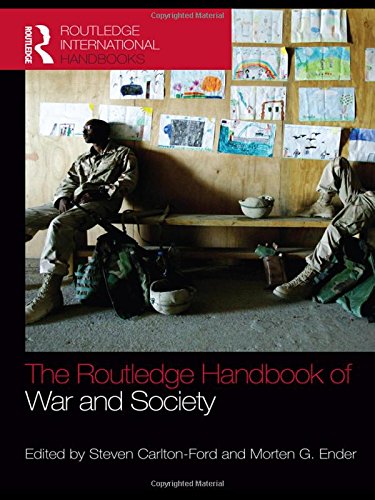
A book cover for The Routledge Handbook of War and Society: Iraq and Afghanistan; History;